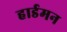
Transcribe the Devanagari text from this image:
हार्डमन